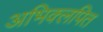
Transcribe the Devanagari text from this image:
अभिक्लपित